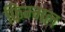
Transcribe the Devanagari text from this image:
फिम्मल